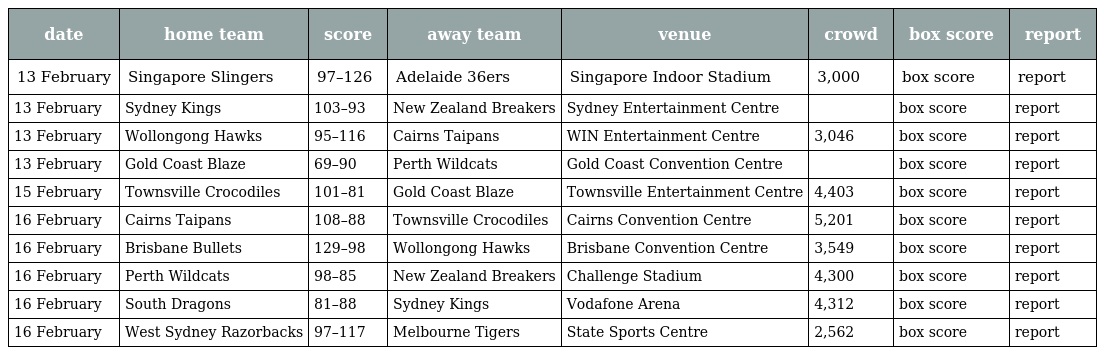
| date | home team | score | away team | venue | crowd | box score | report |
 | --- | --- | --- | --- | --- | --- | --- | --- |
 | 13 February | Singapore Slingers | 97–126 | Adelaide 36ers | Singapore Indoor Stadium | 3,000 | box score | report |
 | 13 February | Sydney Kings | 103–93 | New Zealand Breakers | Sydney Entertainment Centre |  | box score | report |
 | 13 February | Wollongong Hawks | 95–116 | Cairns Taipans | WIN Entertainment Centre | 3,046 | box score | report |
 | 13 February | Gold Coast Blaze | 69–90 | Perth Wildcats | Gold Coast Convention Centre |  | box score | report |
 | 15 February | Townsville Crocodiles | 101–81 | Gold Coast Blaze | Townsville Entertainment Centre | 4,403 | box score | report |
 | 16 February | Cairns Taipans | 108–88 | Townsville Crocodiles | Cairns Convention Centre | 5,201 | box score | report |
 | 16 February | Brisbane Bullets | 129–98 | Wollongong Hawks | Brisbane Convention Centre | 3,549 | box score | report |
 | 16 February | Perth Wildcats | 98–85 | New Zealand Breakers | Challenge Stadium | 4,300 | box score | report |
 | 16 February | South Dragons | 81–88 | Sydney Kings | Vodafone Arena | 4,312 | box score | report |
 | 16 February | West Sydney Razorbacks | 97–117 | Melbourne Tigers | State Sports Centre | 2,562 | box score | report |